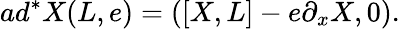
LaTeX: ad^{*}X(L,e)=(\left[X,L\right]-e\partial_{x}X,0).